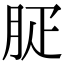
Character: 𦙬